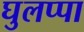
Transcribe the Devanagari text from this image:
घुलप्पा